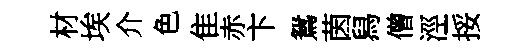
材埃介色隹赤卞鴛茵舄僧涇挼